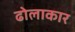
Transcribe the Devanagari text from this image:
ढोलाकार